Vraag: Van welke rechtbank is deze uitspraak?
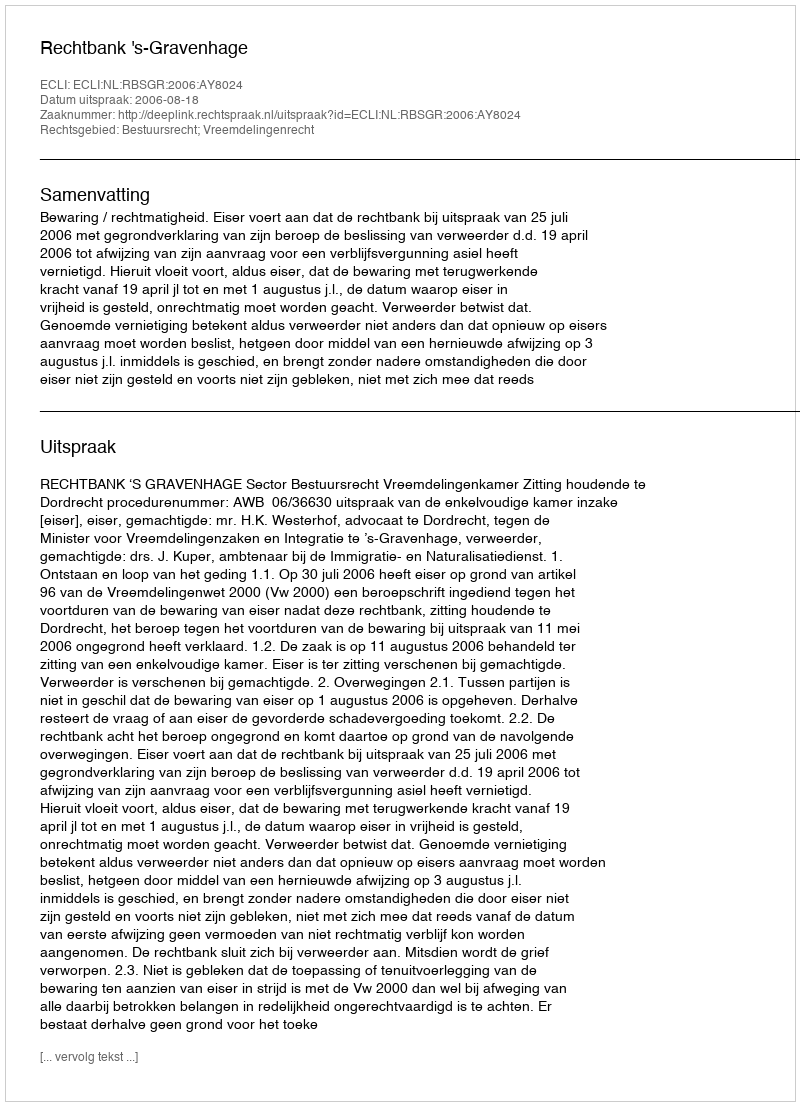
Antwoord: Rechtbank 's-Gravenhage